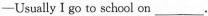
—Usually I go to school on ___.